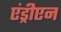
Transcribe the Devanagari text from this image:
एंड्रीएन